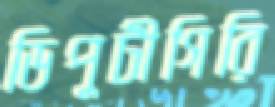
ডিপুটীগিরি